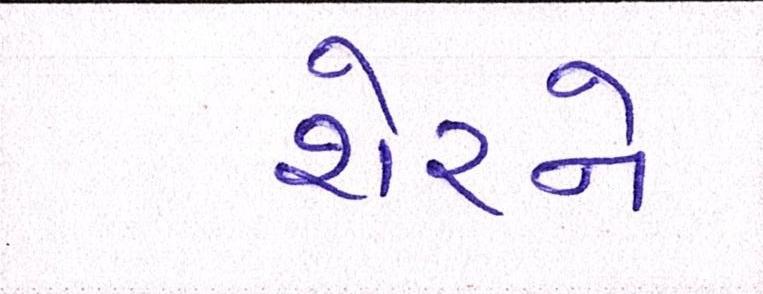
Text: શેરને